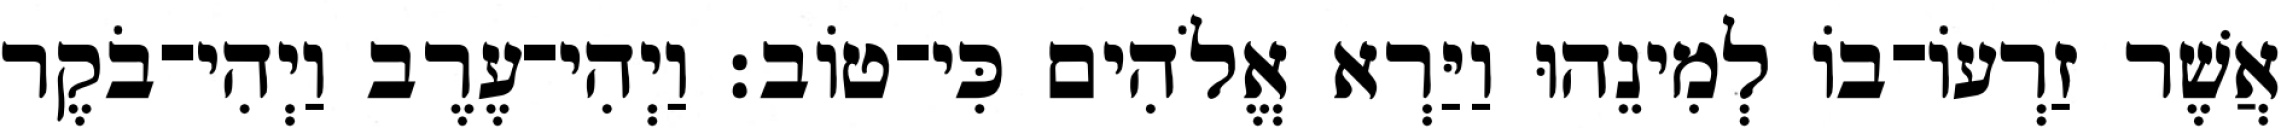
אֲשֶׁר זַרְעֹו־בֹו לְמִינֵהוּ וַיַּרְא אֱלֹהִים כִּי־טֹוב׃ וַיְהִי־עֶרֶב וַיְהִי־בֹקֶר